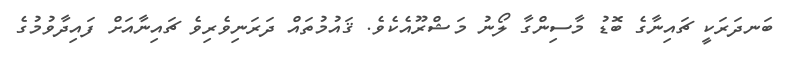
ބަނދަރަކީ ޗައިނާގެ ބޮޑު މާސިންގާ ލޯނު މަޝްރޫއެކެވެ. ޤައުމުތައް ދަރަނިވެރިވެ ޗައިނާއަށް ފައިދާވުމުގެ